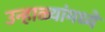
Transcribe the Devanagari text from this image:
उन्हाळ्यांमध्ये